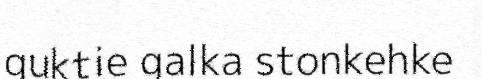
guktie galka stonkehke